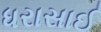
ધરાસાઈ